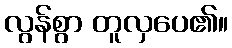
လွန်စွာ တူလှပေ၏။